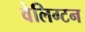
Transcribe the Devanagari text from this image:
वेलिग्टन